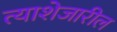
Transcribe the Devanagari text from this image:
त्याशेजारील